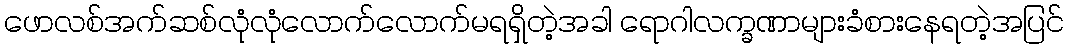
ဖောလစ်အက်ဆစ်လုံလုံလောက်လောက်မရရှိတဲ့အခါ ရောဂါလက္ခဏာများခံစားနေရတဲ့အပြင်